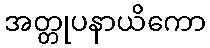
အတ္တုပနာယိကော